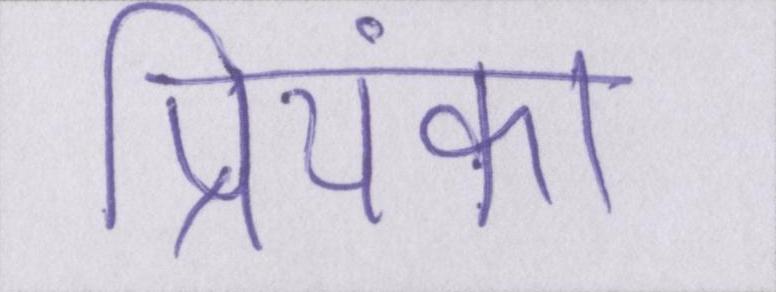
प्रियंका